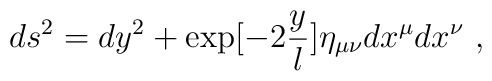
ds^2 = dy^2 + \exp[-2{y\over l} ] \eta_{\mu\nu} dx^\mu dx^\nu \ ,